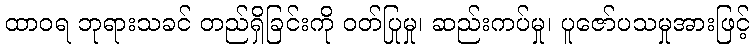
ထာဝရ ဘုရားသခင် တည်ရှိခြင်းကို ဝတ်ပြုမှု၊ ဆည်းကပ်မှု၊ ပူဇော်ပသမှုအားဖြင့်